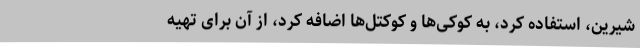
شیرین‌، استفاده کرد، به کوکی‌ها و کوکتل‌ها اضافه کرد، از آن برای تهیه